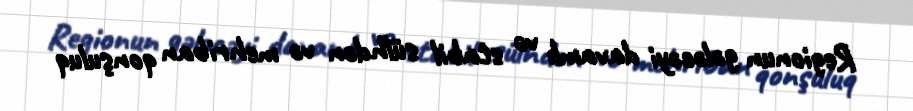
Regionun gələcəyi davamlı və stabil sülhdən və mehriban qonşuluq